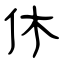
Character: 休